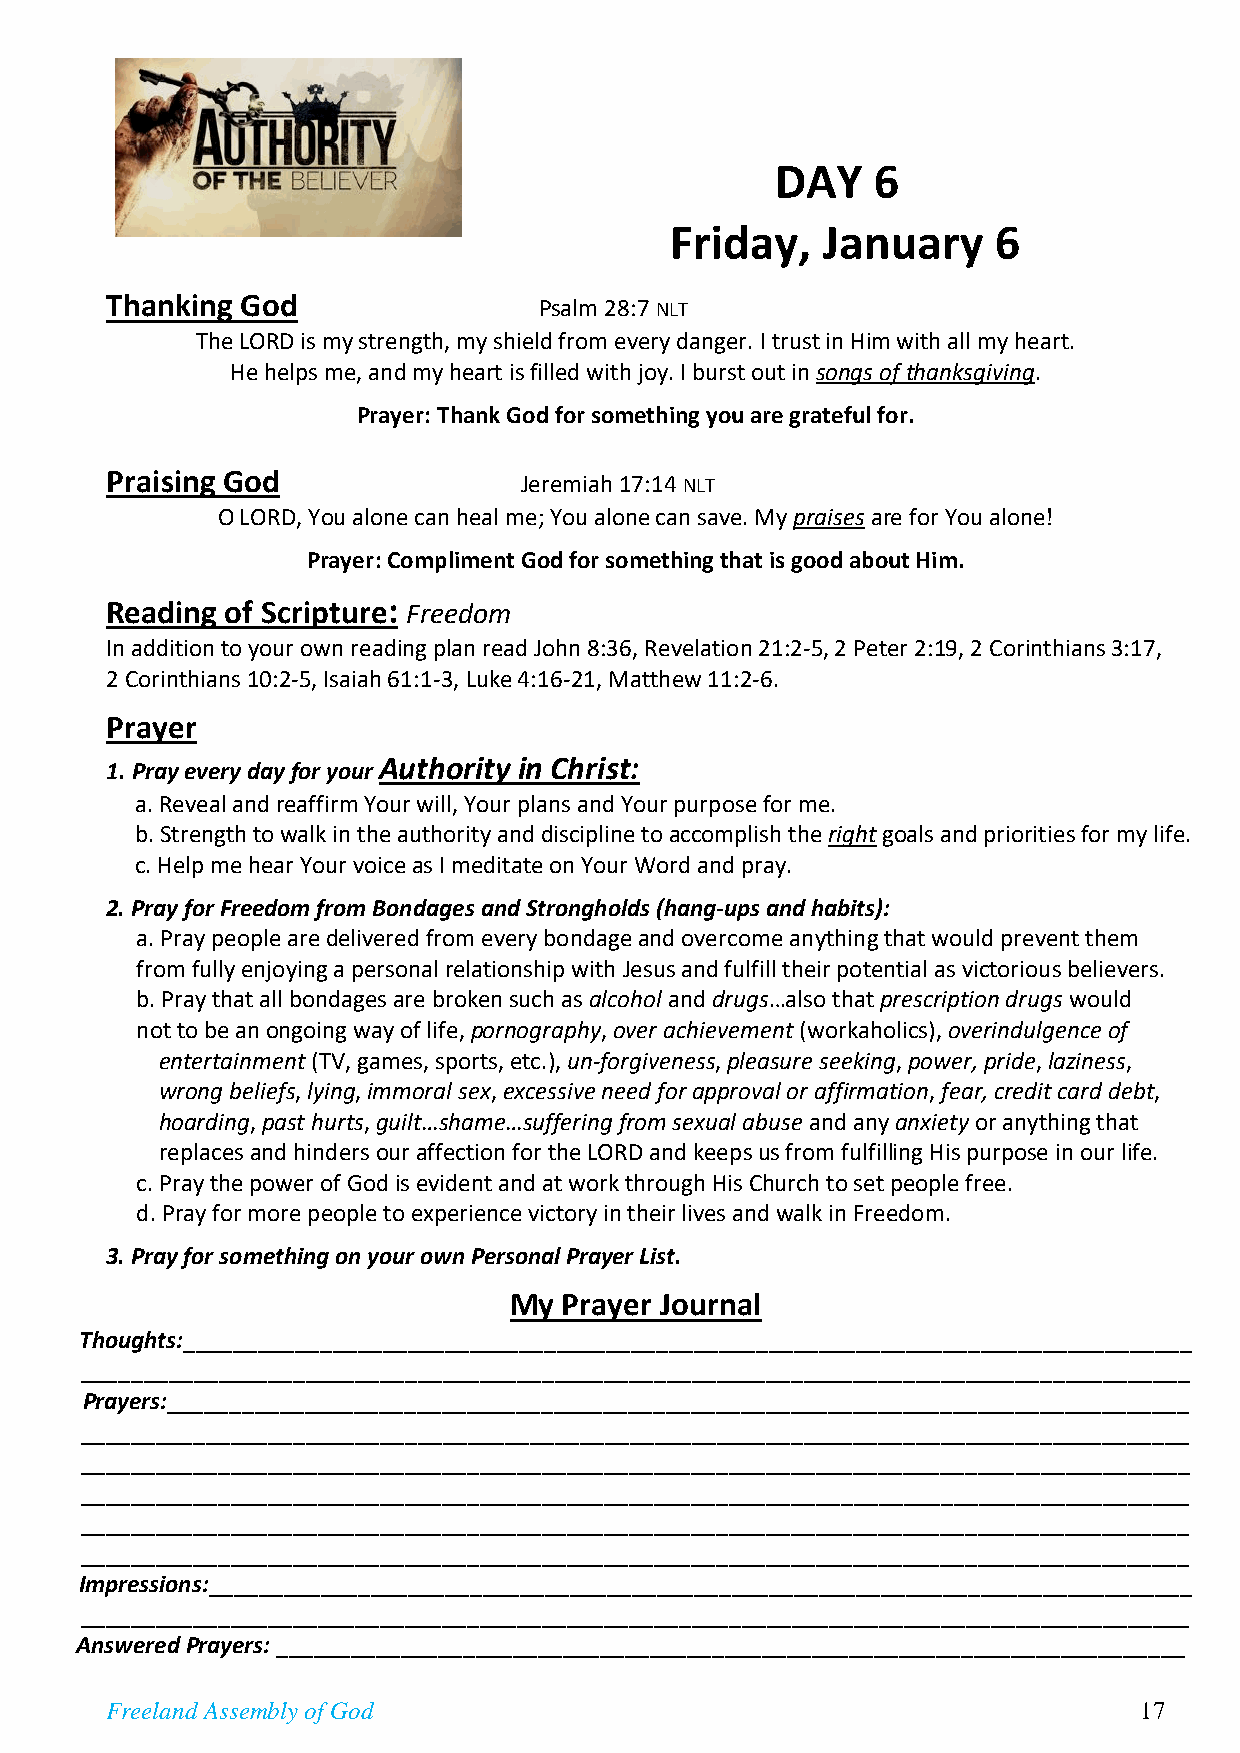
DAY    6
 Friday,   January     6
 Thanking God                 Psalm 28:7 NLT
 The LORD is my strength, my shield from every danger. I trust in Him with all my heart.
 He helps me, and my heart is filled with joy. I burst out in songs of thanksgiving.
 Prayer: Thank God for something you are grateful for.
 Praising God                Jeremiah 17:14 NLT
 O LORD, You alone can heal me; You alone can save. My praises are for You alone!
 Prayer: Compliment God for something that is good about Him.
 Reading of Scripture: Freedom
 In addition to your own reading plan read John 8:36, Revelation 21:2-5, 2 Peter 2:19, 2 Corinthians 3:17,
 2 Corinthians 10:2-5, Isaiah 61:1-3, Luke 4:16-21, Matthew 11:2-6.
 Prayer
 1. Pray every day for your Authority in Christ:
 a. Reveal and reaffirm Your will, Your plans and Your purpose for me.
 b. Strength to walk in the authority and discipline to accomplish the right goals and priorities for my life.
 c. Help me hear Your voice as I meditate on Your Word and pray.
 2. Pray for Freedom from Bondages and Strongholds (hang-ups and habits):
 a. Pray people are delivered from every bondage and overcome anything that would prevent them
 from fully enjoying a personal relationship with Jesus and fulfill their potential as victorious believers.
 b. Pray that all bondages are broken such as alcohol and drugs…also that prescription drugs would
 not to be an ongoing way of life, pornography, over achievement (workaholics), overindulgence of
 entertainment (TV, games, sports, etc.), un-forgiveness, pleasure seeking, power, pride, laziness,
 wrong beliefs, lying, immoral sex, excessive need for approval or affirmation, fear, credit card debt,
 hoarding, past hurts, guilt…shame…suffering from sexual abuse and any anxiety or anything that
 replaces and hinders our affection for the LORD and keeps us from fulfilling His purpose in our life.
 c. Pray the power of God is evident and at work through His Church to set people free.
 d. Pray for more people to experience victory in their lives and walk in Freedom.
 3. Pray for something on your own Personal Prayer List.
 My Prayer Journal
 Thoughts:_________________________________________________________________________________
 _________________________________________________________________________________________
 Prayers:__________________________________________________________________________________
 _________________________________________________________________________________________
 _________________________________________________________________________________________
 _________________________________________________________________________________________
 _________________________________________________________________________________________
 _________________________________________________________________________________________
 Impressions:_______________________________________________________________________________
 _________________________________________________________________________________________
 Answered Prayers: _________________________________________________________________________
 Freeland Assembly of God                                            17